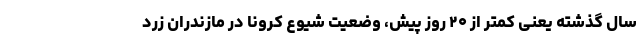
سال گذشته یعنی کمتر از ۲۰ روز پیش، وضعیت شیوع کرونا در مازندران زرد